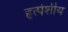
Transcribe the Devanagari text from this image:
हृत्पेशीय